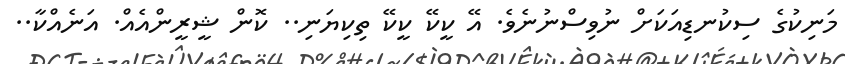
މަނިކުގެ ސިކުނޑިއަކަށް ނުވިސްނުނެވެ. އޭ ކީކޭ ކީކޭ ތިކިޔަނި.. ކޮން ޝީރީންއެއް. އަނެއްކާ..